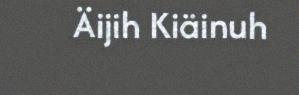
Äijih Kiäinuh